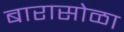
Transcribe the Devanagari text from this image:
बारासोळा